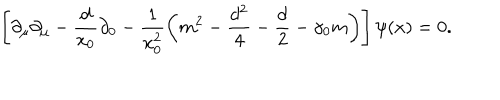
\left[ \partial _ { \mu } \partial _ { \mu } - \frac { d } { x _ { 0 } } \partial _ { 0 } - \frac { 1 } { x _ { 0 } ^ { 2 } } \left( m ^ { 2 } - \frac { d ^ { 2 } } { 4 } - \frac { d } { 2 } - \gamma _ { 0 } m \right) \right] \psi ( x ) = 0 .